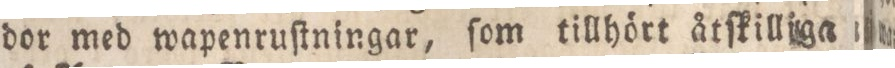
dor med wapenruſtningar, ſom tillhört åtſkilliga